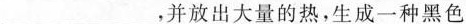
___，并放出大量的热，生成一种黑色